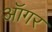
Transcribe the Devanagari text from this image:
ऑगर